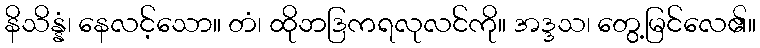
နိသိန္နံ၊ နေလင့်သော။ တံ၊ ထိုဘဒြကရလုလင်ကို။ အဒ္ဒသ၊ တွေ့မြင်လေ၏။